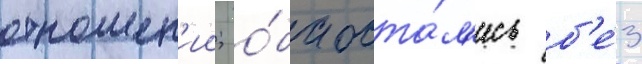
отношен'ии; о́ба оста́л'ись б'е́з